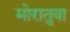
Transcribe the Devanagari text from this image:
मोरातुवा